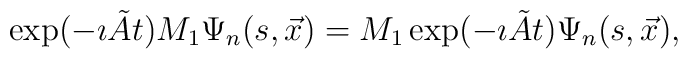
\exp( - \imath \tilde{A} t)M_{1}\Psi_{n}(s,\vec{x})= M_{1} \exp( - \imath \tilde{A} t) \Psi_{n}(s,\vec{x}),